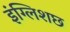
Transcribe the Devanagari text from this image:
इंग्लिशछ